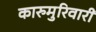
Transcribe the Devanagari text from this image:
कारुमुरिवारी